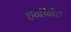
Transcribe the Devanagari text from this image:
हनीनेट